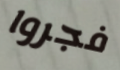
فجروا